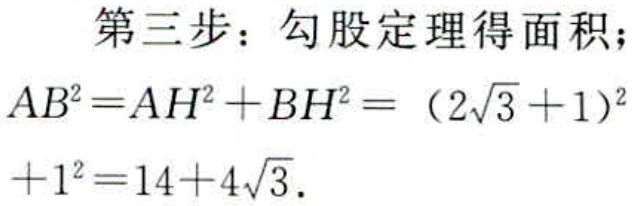
第三步：勾股定理得面积；
\(AB^{2}=AH^{2}+BH^{2}=(2\sqrt{3} + 1)^{2}+1^{2}=14 + 4\sqrt{3}\).